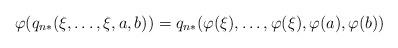
LaTeX: \begin{align*}\varphi(q_{n*}(\xi, \ldots,\xi, a,b)) = q_{n*}(\varphi(\xi),\ldots,\varphi(\xi),\varphi(a),\varphi(b))\end{align*}